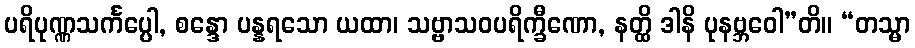
ပရိပုဏ္ဏသင်္ကပ္ပေါ, စန္ဒော ပန္နရသော ယထာ၊ သဗ္ဗာသဝပရိက္ခီဏော, နတ္ထိ ဒါနိ ပုနဗ္ဘဝေါ”တိ။ “တသ္မာ